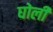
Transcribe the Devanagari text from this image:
घोली